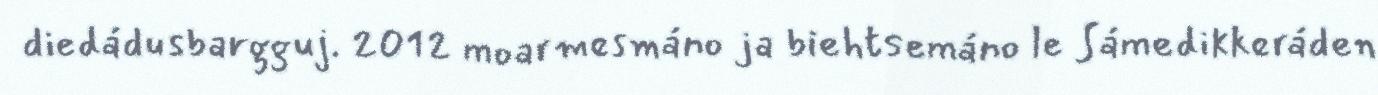
diedádusbargguj. 2012 moarmesmáno ja biehtsemáno le Sámedikkeráden